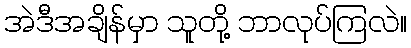
အဲဒီအချိန်မှာ သူတို့ ဘာလုပ်ကြလဲ။